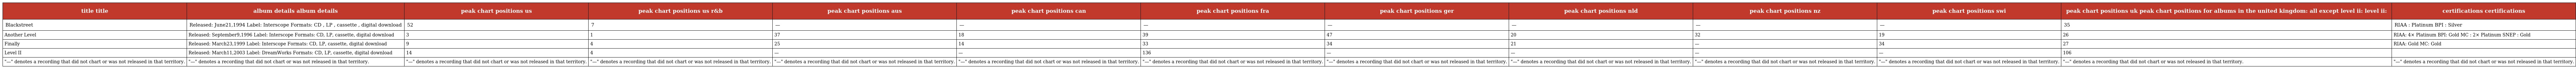
| title title | album details album details | peak chart positions us | peak chart positions us r&b | peak chart positions aus | peak chart positions can | peak chart positions fra | peak chart positions ger | peak chart positions nld | peak chart positions nz | peak chart positions swi | peak chart positions uk peak chart positions for albums in the united kingdom: all except level ii: level ii: | certifications certifications |
 | --- | --- | --- | --- | --- | --- | --- | --- | --- | --- | --- | --- | --- |
 | Blackstreet | Released: June21,1994 Label: Interscope Formats: CD , LP , cassette , digital download | 52 | 7 | — | — | — | — | — | — | — | 35 | RIAA : Platinum BPI : Silver |
 | Another Level | Released: September9,1996 Label: Interscope Formats: CD, LP, cassette, digital download | 3 | 1 | 37 | 18 | 39 | 47 | 20 | 32 | 19 | 26 | RIAA: 4× Platinum BPI: Gold MC : 2× Platinum SNEP : Gold |
 | Finally | Released: March23,1999 Label: Interscope Formats: CD, LP, cassette, digital download | 9 | 4 | 25 | 14 | 33 | 34 | 21 | — | 34 | 27 | RIAA: Gold MC: Gold |
 | Level II | Released: March11,2003 Label: DreamWorks Formats: CD, LP, cassette, digital download | 14 | 4 | — | — | 136 | — | — | — | — | 106 |  |
 | "—" denotes a recording that did not chart or was not released in that territory. | "—" denotes a recording that did not chart or was not released in that territory. | "—" denotes a recording that did not chart or was not released in that territory. | "—" denotes a recording that did not chart or was not released in that territory. | "—" denotes a recording that did not chart or was not released in that territory. | "—" denotes a recording that did not chart or was not released in that territory. | "—" denotes a recording that did not chart or was not released in that territory. | "—" denotes a recording that did not chart or was not released in that territory. | "—" denotes a recording that did not chart or was not released in that territory. | "—" denotes a recording that did not chart or was not released in that territory. | "—" denotes a recording that did not chart or was not released in that territory. | "—" denotes a recording that did not chart or was not released in that territory. | "—" denotes a recording that did not chart or was not released in that territory. |